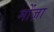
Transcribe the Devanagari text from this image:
मोंज़ा